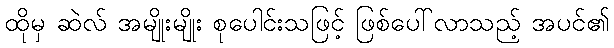
ထိုမှ ဆဲလ် အမျိုးမျိုး စုပေါင်းသဖြင့် ဖြစ်ပေါ်လာသည့် အပင်၏